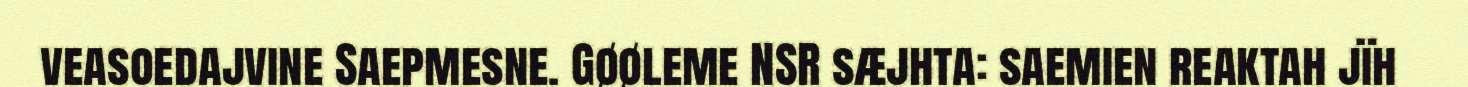
veasoedajvine Saepmesne. Gøøleme NSR sæjhta: saemien reaktah jïh